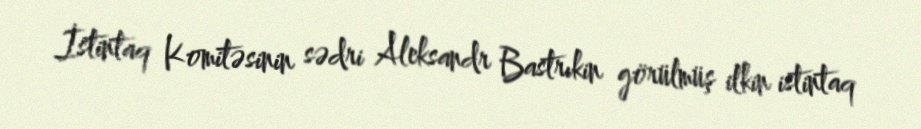
İstintaq Komitəsinin sədri Aleksandr Bastrıkin görülmüş ilkin istintaq